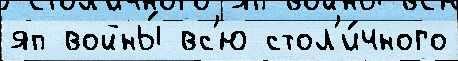
яп войны́ вс'ю стол'и́чного